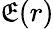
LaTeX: \mathfrak{E}(r)